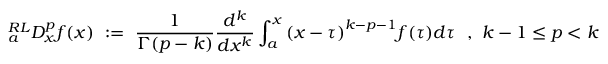
{ } _ { a } ^ { R L } D _ { x } ^ { p } f ( x ) ~ : = ~ { \frac { 1 } { \Gamma ( p - k ) } } { \frac { d ^ { k } } { d x ^ { k } } } \int _ { a } ^ { x } { ( x - \tau ) } ^ { k - p - 1 } f ( \tau ) d \tau ~ ~ , ~ k - 1 \leq p < k